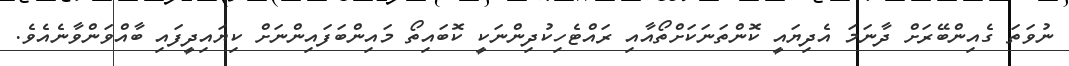
ނުވަތަ ގެއިންބޭރަށް ދާނަމަ އެދިޔައީ ކޮންތަނަކަށްތޯއާއި ރައްޓެހިކުދިންނަކީ ކޮބައިތޯ މައިންބަފައިންނަށް ކިޔައިދީފައި ބާއްވަންވާނެއެވެ.